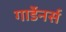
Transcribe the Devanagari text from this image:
गार्डेनर्स